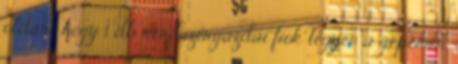
oldani, hogy 1 db rendszergazdai fiók legyen a gépemen,